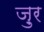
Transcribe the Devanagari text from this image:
ज़ुर